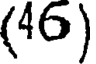
(46)